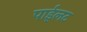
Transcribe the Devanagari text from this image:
पाईलट